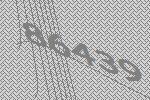
86439